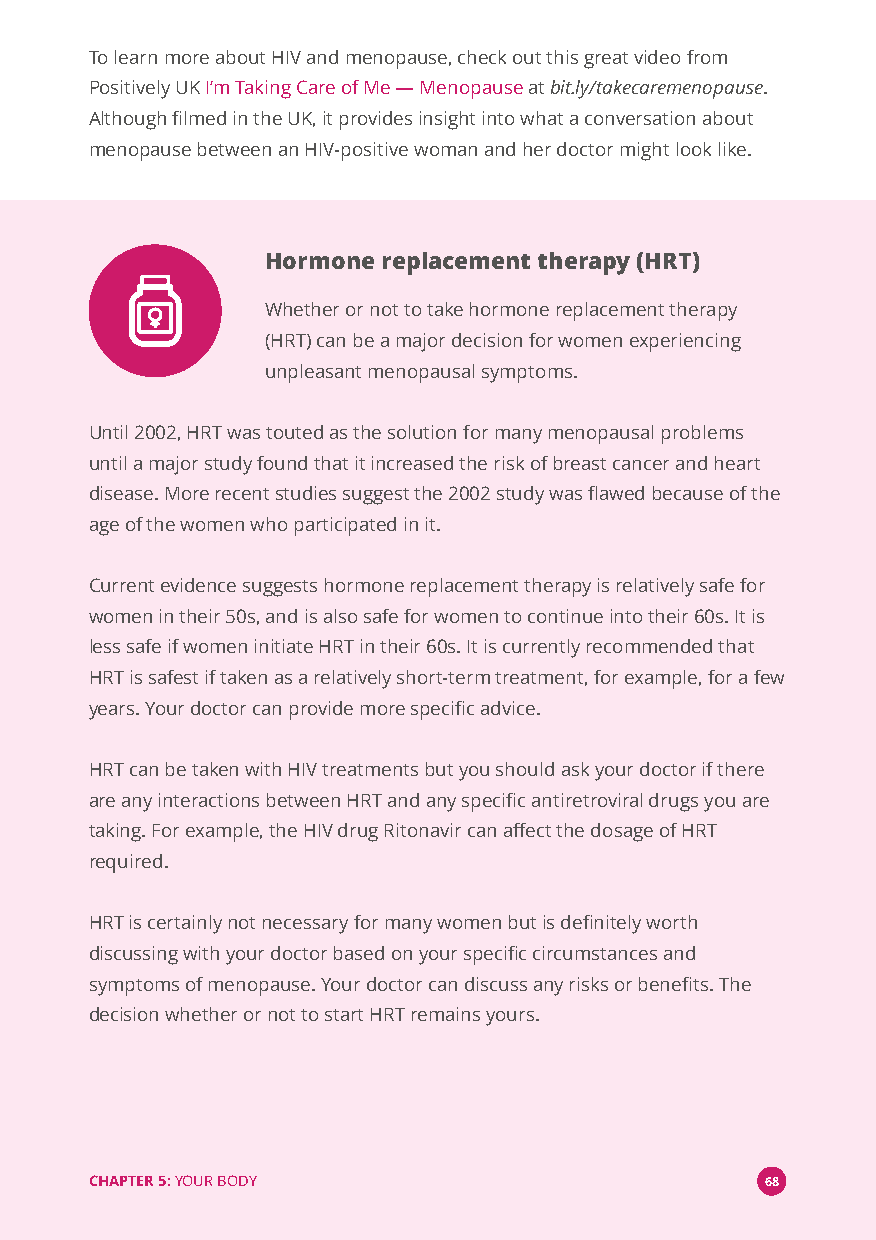
To learn more about HIV and menopause, check out this great video from
 Positively UKI’m Taking Care of Me—Menopauseatbit.ly/takecaremenopause.
 Although filmed in the UK, it provides insight into what a conversation about
 menopause between an HIV-positive woman and her doctor might look like.
 Hormone replacement therapy (HRT)
 Whether or not to take hormone replacement therapy
 (HRT) can be a major decision for women experiencing
 unpleasant menopausal symptoms.
 Until 2002, HRT was touted as the solution for many menopausal problems
 until a major study found that it increased the risk of breast cancer and heart
 disease. More recent studies suggest the 2002 study was flawed because of the
 age of the women who participated in it.
 Current evidence suggests hormone replacement therapy is relatively safe for
 women in their 50s, and is also safe for women to continue into their 60s. It is
 less safe if women initiate HRT in their 60s. It is currently recommended that
 HRT is safest if taken as a relatively short-term treatment, for example, for a few
 years. Your doctor can provide more specific advice.
 HRT can be taken with HIV treatments but you should ask your doctor if there
 are any interactions between HRT and any specific antiretroviral drugs you are
 taking. For example, the HIV drug Ritonavir can affect the dosage of HRT
 required.
 HRT is certainly not necessary for many women but is definitely worth
 discussing with your doctor based on your specific circumstances and
 symptoms of menopause. Your doctor can discuss any risks or benefits. The
 decision whether or not to start HRT remains yours.
 CHAPTER 5:YOUR BODY                          68